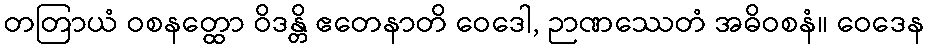
တတြာယံ ဝစနတ္ထော ဝိဒန္တိ ဧတေနာတိ ဝေဒေါ, ဉာဏဿေတံ အဓိဝစနံ။ ဝေဒေန